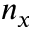
n _ { x }